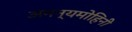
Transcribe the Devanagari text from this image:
अनन्यमोहिनी